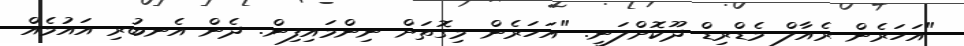
"އަހަރެން ރެއާލް މެޑްރިޑް ދޫކޮށްލަނީ. "އަހަރެން މިގޮތަށް ނިންމައިފިން. ދެން އެނބުރި އައުމެއް